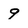
Character: 9